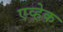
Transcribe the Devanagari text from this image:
एव्हेक